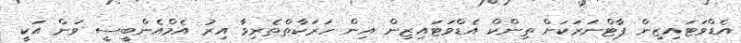
އެޑްވަޓައިޒިން ޕާޓްނަރަކަށް ތިންކް އެޑްވަޓައިޒިން އިން ހަރަކާތްތެރިވާ އިރު އެމްއެންބީސީ ވަން އަކީ